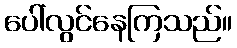
ပေါ်လွင်နေကြသည်။